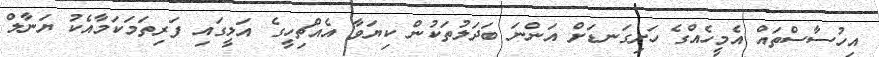
އިހުސާސްތައް އެމީހެއްގެ ހަށިގަނޑަށް އަންނަ ބަދަލުތަކުން ކިޔަވާ އެއްޗިހީގެ އަލީގައި ފަރިތަމަކަމާއެކު ޔަނާލް